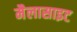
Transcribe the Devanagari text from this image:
मैलासाइट